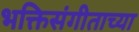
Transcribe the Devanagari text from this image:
भक्तिसंगीताच्या